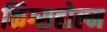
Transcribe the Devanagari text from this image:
किंग्सहोल्म